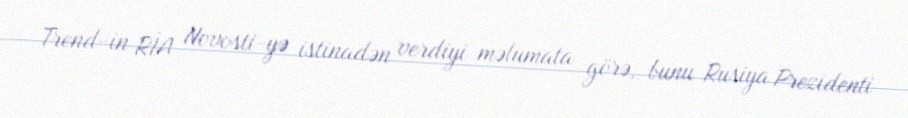
Trend-in RİA Novosti-yə istinadən verdiyi məlumata görə, bunu Rusiya Prezidenti